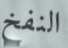
النفخ